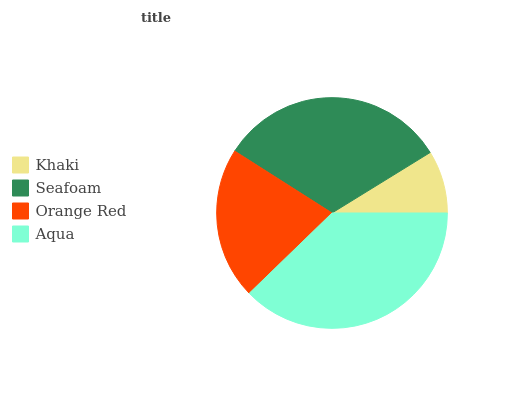
| Khaki | Seafoam | Orange Red | Aqua |
 | --- | --- | --- | --- |
 | 8.79% | 32.2% | 21.3% | 37.7% |